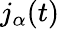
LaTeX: {j}_{\alpha}(t)